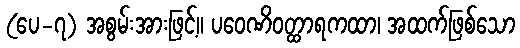
(ပေ-၇) အစွမ်းအားဖြင့်။ ပဝေဏိဝတ္ထာရကထာ၊ အထက်ဖြစ်သော